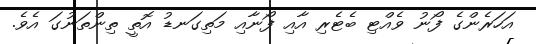
އަހަރެންގެ ފޯނު ވެއްޓި ބެޓެރި އާއި ފޯނާއި މަތިގަނޑު އޮތީ ތިންތަނުގަ އެވެ.